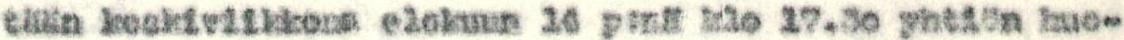
tään keskiviikkona elokuun 16 p:nä klo 17.30 yhtiön huo-